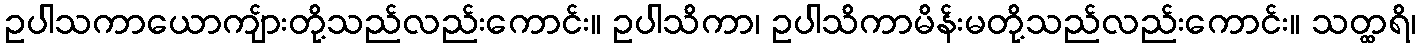
ဥပါသကာယောကျ်ားတို့သည်လည်းကောင်း။ ဥပါသိကာ၊ ဥပါသိကာမိန်းမတို့သည်လည်းကောင်း။ သတ္ထရိ၊